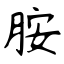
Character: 胺